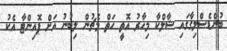
ބުންޑެސްލިގާގައި ޝާލްކާ މިހާރު އޮތީ ހަތް މެޗުން ލިބުނު އަށް ޕޮއިންޓާ އެކު